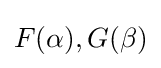
{\textstyle F(\alpha ),G(\beta )}